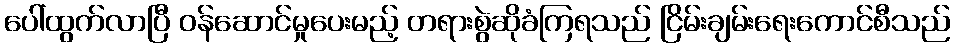
ပေါ်ထွက်လာပြီ ဝန်ဆောင်မှုပေးမည့် တရားစွဲဆိုခံကြရသည် ငြိမ်းချမ်းရေးကောင်စီသည်